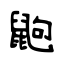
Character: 鼩